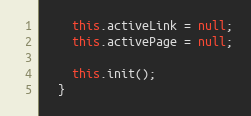
Language: JavaScript
    this.activeLink = null;
    this.activePage = null;

    this.init();
  }